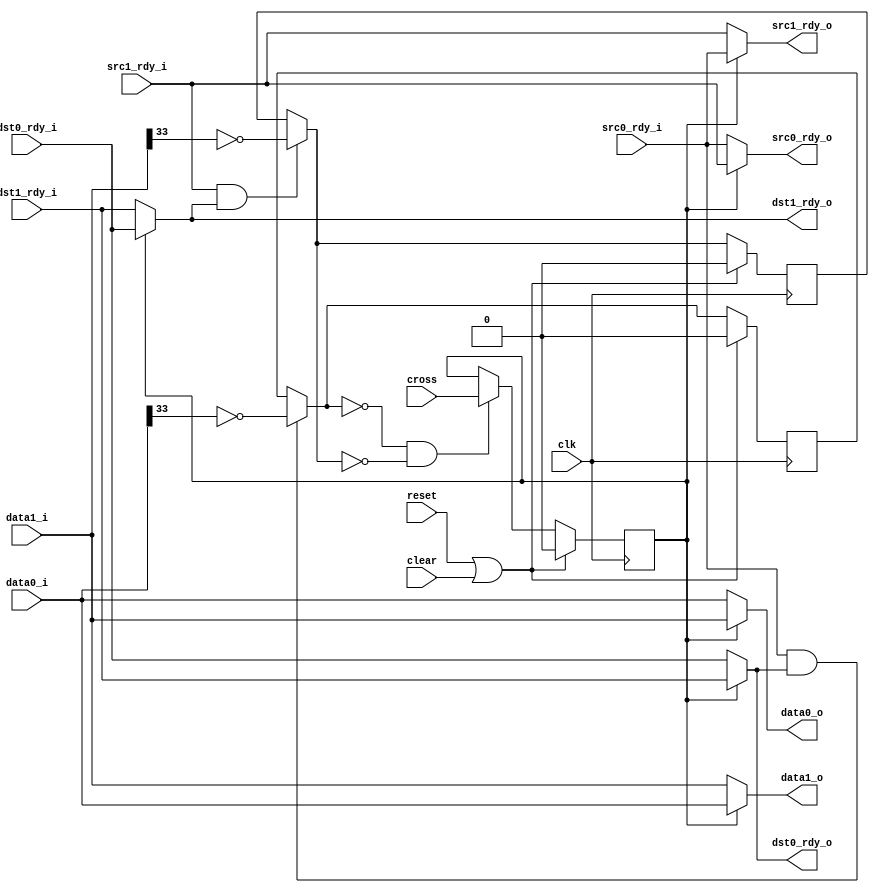
//
// Copyright 2011 Ettus Research LLC
//
// This program is free software: you can redistribute it and/or modify
// it under the terms of the GNU General Public License as published by
// the Free Software Foundation, either version 3 of the License, or
// (at your option) any later version.
//
// This program is distributed in the hope that it will be useful,
// but WITHOUT ANY WARRANTY; without even the implied warranty of
// MERCHANTABILITY or FITNESS FOR A PARTICULAR PURPOSE.  See the
// GNU General Public License for more details.
//
// You should have received a copy of the GNU General Public License
// along with this program.  If not, see <http://www.gnu.org/licenses/>.
//



module crossbar36
  (input clk, input reset, input clear,
   input cross,
   input [35:0] data0_i, input src0_rdy_i, output dst0_rdy_o,
   input [35:0] data1_i, input src1_rdy_i, output dst1_rdy_o,
   output [35:0] data0_o, output src0_rdy_o, input dst0_rdy_i,
   output [35:0] data1_o, output src1_rdy_o, input dst1_rdy_i);

   reg 		 cross_int, active0, active1;
   wire active0_next = (src0_rdy_i & dst0_rdy_o)? ~data0_i[33] : active0;
   wire active1_next = (src1_rdy_i & dst1_rdy_o)? ~data1_i[33] : active1;

   assign data0_o = cross_int ? data1_i : data0_i;
   assign data1_o = cross_int ? data0_i : data1_i;

   assign src0_rdy_o = cross_int ? src1_rdy_i : src0_rdy_i;
   assign src1_rdy_o = cross_int ? src0_rdy_i : src1_rdy_i;

   assign dst0_rdy_o = cross_int ? dst1_rdy_i : dst0_rdy_i;
   assign dst1_rdy_o = cross_int ? dst0_rdy_i : dst1_rdy_i;
   
   always @(posedge clk)
     if(reset | clear)
       active0 <= 0;
     else
       active0 <= active0_next;
   
   always @(posedge clk)
     if(reset | clear)
       active1 <= 0;
     else
       active1 <= active1_next;

   always @(posedge clk)
     if(reset | clear)
       cross_int <= 0;
     else if(~active0_next & ~active1_next)
       cross_int <= cross;
   
endmodule // crossbar36